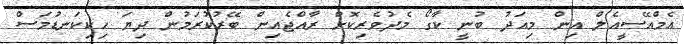
އެމްއޭސީއެލް އިން މިއަދު ބުނީ ކާގޯ މެދުވެރިކޮށް ރާއްޖެއިން ބޭރުކުރަމުން ދިޔަ ހިކިކަނޑުމަސް